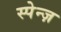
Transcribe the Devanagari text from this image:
स्पेन्ज़